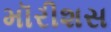
મૉરીશસ